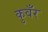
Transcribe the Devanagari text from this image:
कुवँर